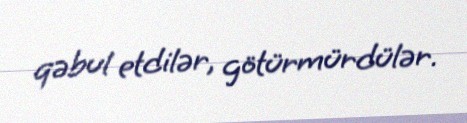
qəbul etdilər, götürmürdülər.